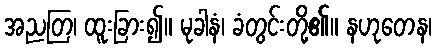
အညတြ၊ ထူးခြား၍။ မုခါနံ၊ ခံတွင်းတို့၏။ နဟုတေန၊